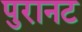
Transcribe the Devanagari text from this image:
पुरानट